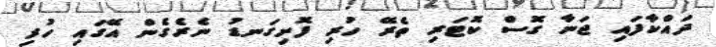
ދައްކާފައި ޖަނާ ގޮސް ކޮޓަރި ތެރޭ ހުރި ފޮށިގަނޑު ނެރެގެން އޭގައި ހުރި